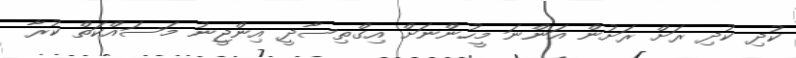
ކުދި ކުދި ރަށް ރަށުން އަންނަ މީހުންނަށް އިގްތިސާދީ އިންޖީނު މަސައްކަތް ކުރާ